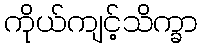
ကိုယ်ကျင့်သိက္ခာ